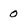
Character: 0